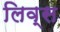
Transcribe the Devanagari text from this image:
लिव्स